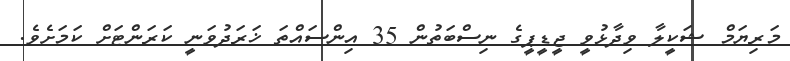
މަރިޔަމް ޝަކީލާ ވިދާޅުވީ ޖީޑީޕީގެ ނިސްބަތުން 35 އިންސައްތަ ޚަރަދުވަނީ ކަރަންޓަށް ކަމަށެވެ.